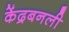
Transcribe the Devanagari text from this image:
केंद्रबनली